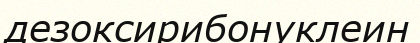
дезоксирибонуклеин